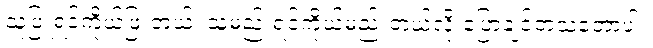
သူဖြူရင်ကိုယ်ဖြူတယ်၊ သူမည်းရင်ကိုယ်မည်းတယ်လို့ ပြောချင်တဲ့သဘောပါ။